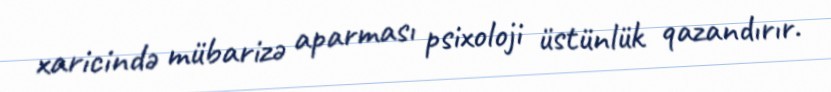
xaricində mübarizə aparması psixoloji üstünlük qazandırır.